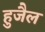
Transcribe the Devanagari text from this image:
हुजैल